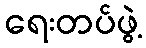
ရေးတပ်ဖွဲ့